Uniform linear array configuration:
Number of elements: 12
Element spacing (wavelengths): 0.5
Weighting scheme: blackman
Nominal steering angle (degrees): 60
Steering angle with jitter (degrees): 59.641
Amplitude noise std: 0.05
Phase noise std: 0.05

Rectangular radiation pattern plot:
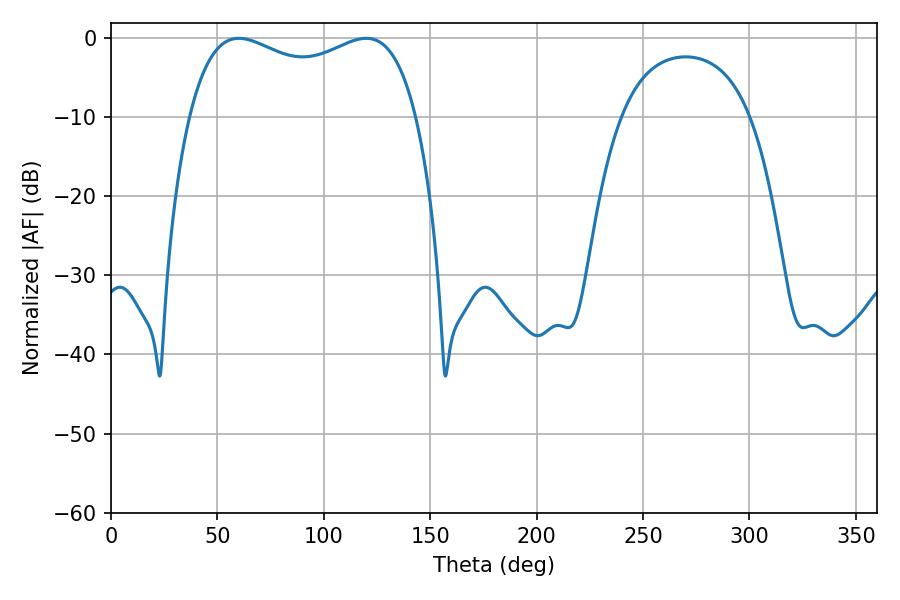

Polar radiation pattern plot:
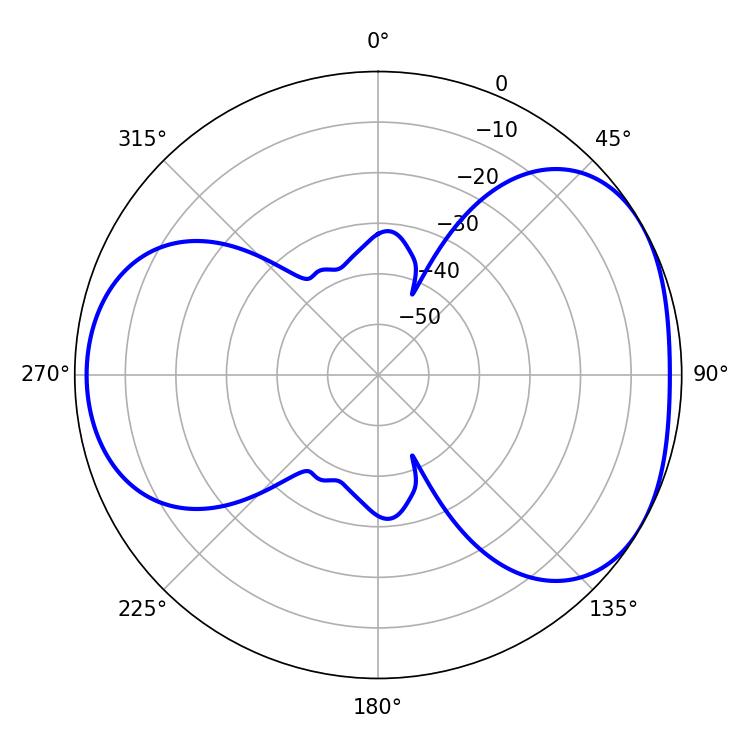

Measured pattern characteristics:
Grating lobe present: FALSE
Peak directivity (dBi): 4.327
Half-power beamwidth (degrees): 88.2
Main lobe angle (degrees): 60.12